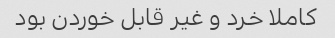
کاملا خرد و غیر قابل خوردن بود